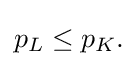
{\textstyle p_{L}\leq p_{K}.}